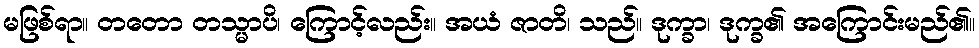
မဖြစ်ရာ။ တတော တသ္မာပိ၊ ကြောင့်လည်း။ အယံ ဇာတိ၊ သည်။ ဒုက္ခာ၊ ဒုက္ခ၏ အကြောင်းမည်၏။